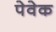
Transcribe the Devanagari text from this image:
पेवेक